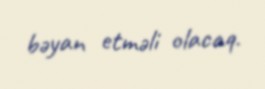
bəyan etməli olacaq.